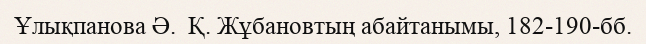
Ұлықпанова Ә.  Қ. Жұбановтың абайтанымы, 182-190-бб.